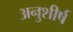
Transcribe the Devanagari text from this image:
अनुशीर्ष